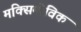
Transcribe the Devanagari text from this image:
मक्सिमोविक